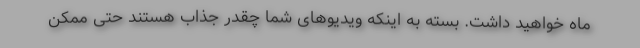
ماه خواهید داشت. بسته به اینکه ویدیوهای شما چقدر جذاب هستند حتی ممکن